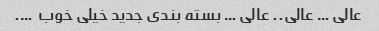
عالی … عالی.. عالی … بسته بندی جدید خیلی خوب ‌ ….